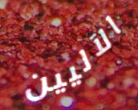
الآليين